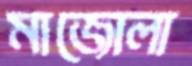
মাজোলা